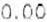
0.00